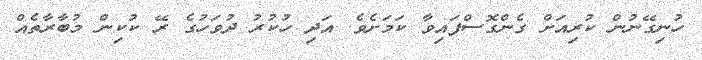
ހުނިގޭނުން ކުރިއަށް ގެންގޮސްފައިވާ ކަމަށެވެ. އަދި ހުކުރު ދުވަހުގެ ރޭ ކުކިން މުބާރާތެއް